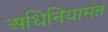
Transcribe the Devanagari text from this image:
अधिनियामंत